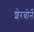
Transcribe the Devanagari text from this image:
शेरबोर्ने